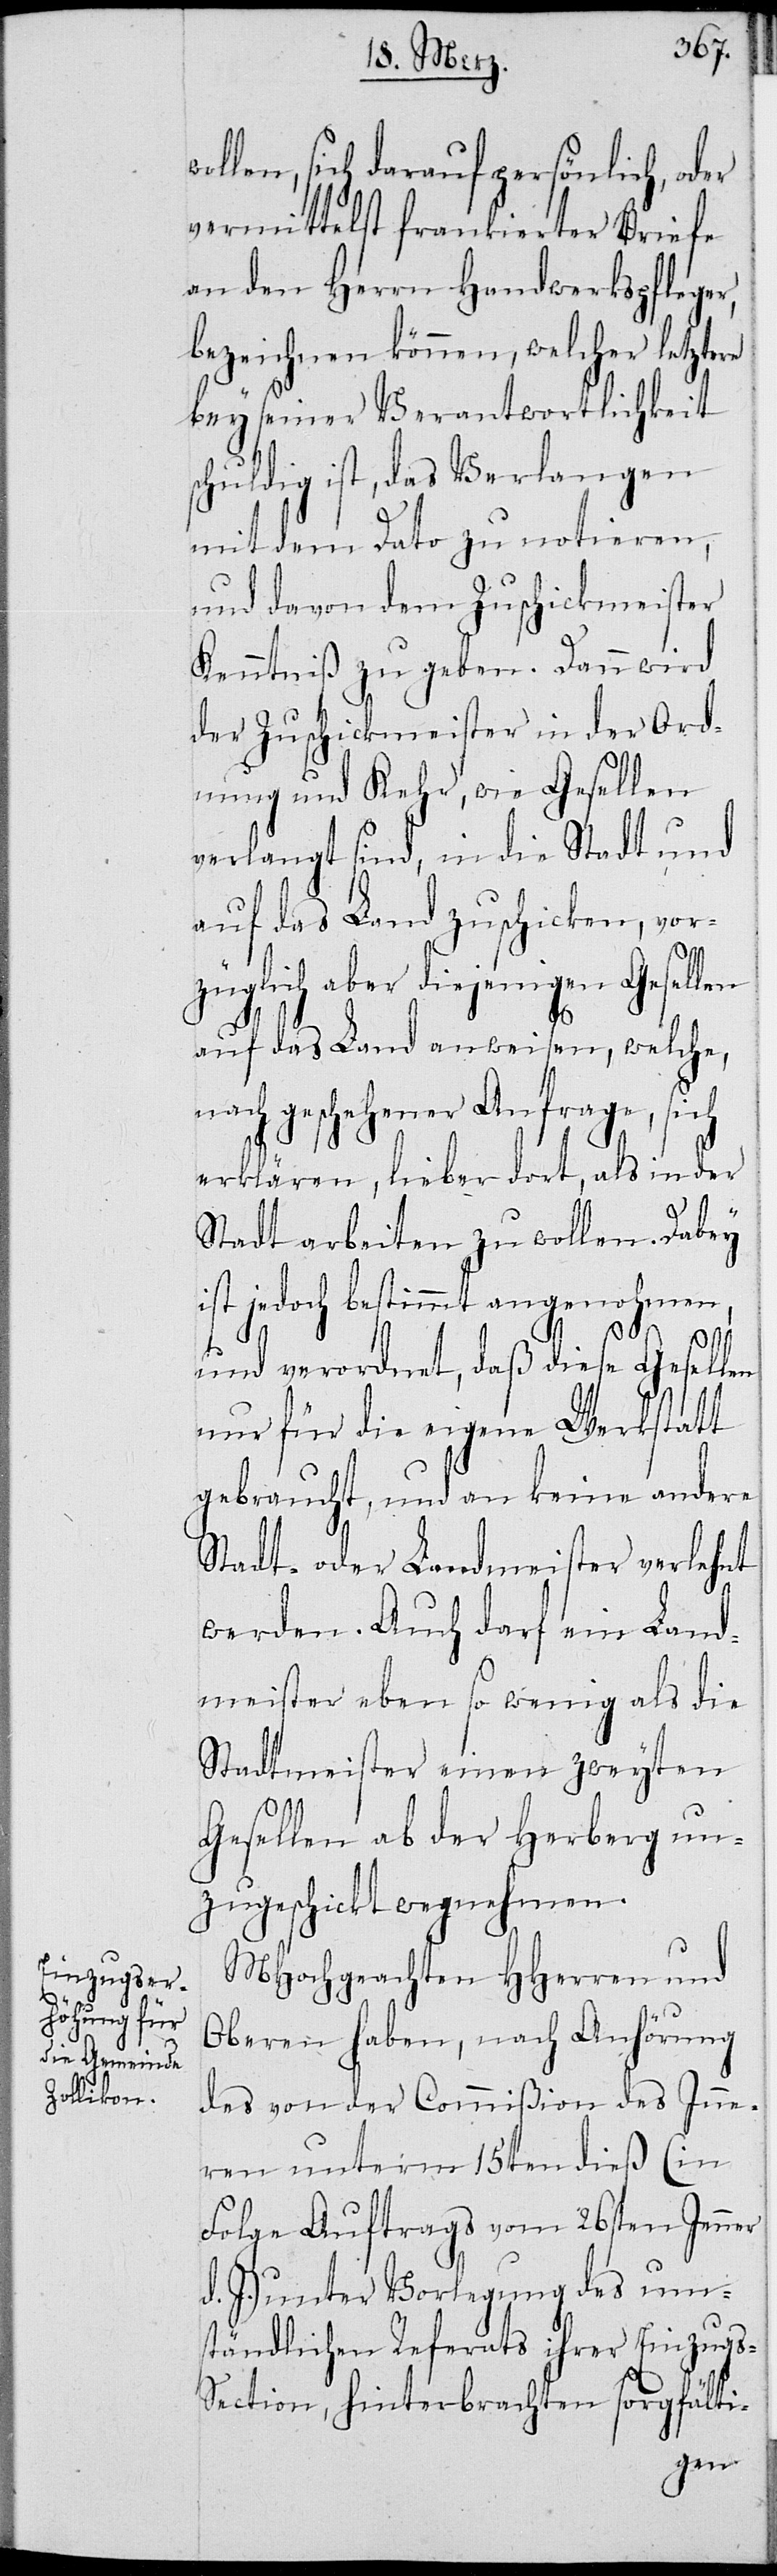
ollen, sich darauf persönlich, od¬
er mittelst frankierter Briefe
an den Herrn Handwerkspfleger,
bezeichnen können, welcher letztere
bey seiner Verantwortlichkeit
schuldig ist, das Verlangen
mit dem Dato zu notieren,
und davon dem Zuschickmeister
Kenntniß zu geben. Dann wird
der Zuschickmeister in der Ord¬
nung und Kehr, wie Gesellen
verlangt sind, in die Stadt und
auf das Land zuschicken, vor¬
züglich aber diejenigen Gesellen
w¬
auf das Land anweisen, welche,
nach geschehener Anfrage, sich
erklären, lieber dort, als in der
Stadt arbeiten zu wollen. Dabey
ist jedoch bestimmt angenohmen,
und verordnet, daß diese Gesellen
nur für die eigene Werkstatt
gebraucht, und an keine andere
Stadt- oder Landmeister verlehnt
werden. Auch darf ein Land¬
meister eben so wenig als die
Stadtmeister einen zweyten
Gesellen ab der Herberg un¬
zugeschickt wegnehmen.
MHochgeachten HHerren und
Oberen haben, nach Anhörung
des von der Commißion des Inne¬
ren unterm 15ten dieß (in
Folge Auftrags vom 26sten Jenner
d. J.) unter Vorlegung des um¬
ständlichen Referats ihrer Einzug¬
s-Section, hinterbrachten sorgfälti-